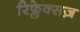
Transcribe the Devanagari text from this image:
रिफ्लेक्सज़